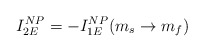
\begin{align*}I_{2E}^{NP}=-I_{1E}^{NP}(m_{s}\rightarrow m_{f})\end{align*}